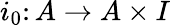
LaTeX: i_{0}\colon A\to A\times I